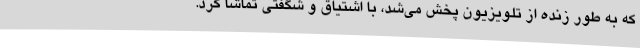
که به طور زنده از تلویزیون پخش می‌شد، با اشتیاق و شگفتی تماشا کرد.